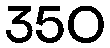
350